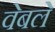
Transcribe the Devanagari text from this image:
वेबले